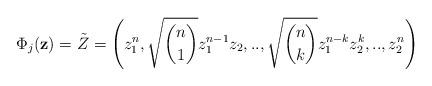
LaTeX: \begin{align*}\Phi_{j}(\mathbf{z})=\tilde{Z}=\left( z_{1}^{n},\sqrt{\binom{n}{1}}z_{1}^{n-1}z_{2},..,\sqrt{\binom{n}{k}}z_{1}^{n-k}z_{2}^{k},..,z_{2}^{n}\right) \end{align*}